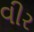
વીર